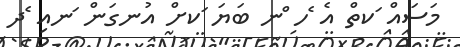
މަސައް ަކތް އެ ެހ ްނ ބަޔަ ަކށް އުނގަން ަނއި ެދ